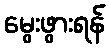
မွေးဖွားရန်